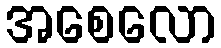
အစေလော